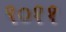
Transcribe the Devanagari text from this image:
९०११